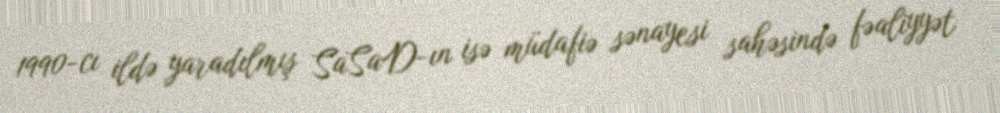
1990-cı ildə yaradılmış SaSaD-ın isə müdafiə sənayesi sahəsində fəaliyyət